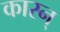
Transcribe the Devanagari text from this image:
कारन्